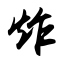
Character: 炸